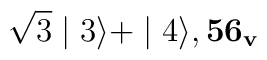
\sqrt{3}\mid3\rangle + \mid4\rangle,  {\bf 56_{v}}